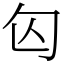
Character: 匃